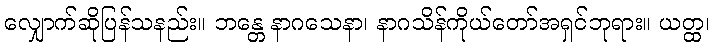
လျှောက်ဆိုပြန်သနည်း။ ဘန္တေ နာဂသေနာ၊ နာဂသိန်ကိုယ်တော်အရှင်ဘုရား။ ယတ္ထ၊